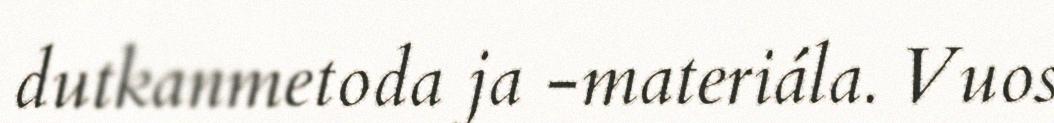
dutkanmetoda ja -materiála. Vuos